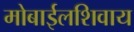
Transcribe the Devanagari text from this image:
मोबाईलशिवाय